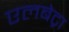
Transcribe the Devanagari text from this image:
एलबेट्रा